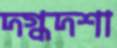
দগ্ধদশা